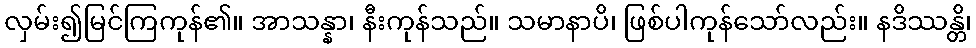
လှမ်း၍မြင်ကြကုန်၏။ အာသန္နာ၊ နီးကုန်သည်။ သမာနာပိ၊ ဖြစ်ပါကုန်သော်လည်း။ နဒိဿန္တိ၊